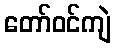
တော်ဝင်ကျဲ